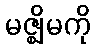
မဇ္ဈိမကို